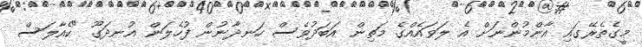
މީގެތެރޭގައި އާންމުންނަށް އެ ލަވައެއްގެ މަތިން އަބަދުވެސް ހަނދާނުން ފުހެލަން އުނދަގޫ "ކެއާލަސް